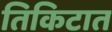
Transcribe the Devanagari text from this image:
तिकिटात